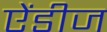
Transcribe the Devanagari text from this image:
ऐंडीज